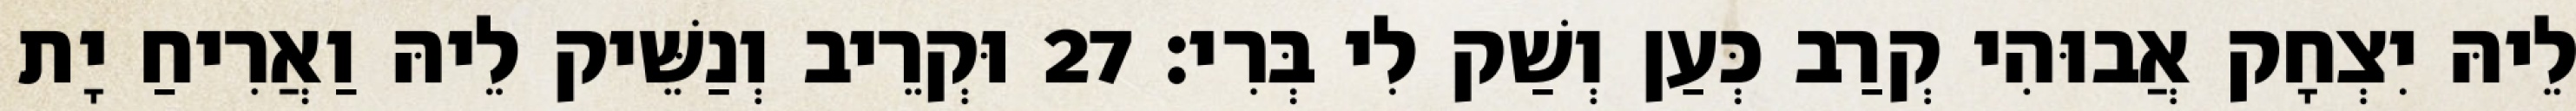
לֵיהּ יִצְחָק אֲבוּהִי קְרַב כְּעַן וְשַׁק לִי בְּרִי׃ 27 וּקְרֵיב וְנַשֵּׁיק לֵיהּ וַאֲרִיחַ יָת